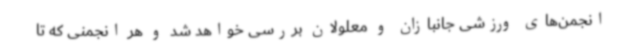
انجمن‌های ورزشی جانبازان و معلولان بررسی خواهد شد و هر انجمنی که تا